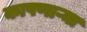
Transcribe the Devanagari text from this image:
कापणाऱ्या